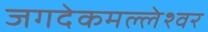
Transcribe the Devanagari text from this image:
जगदेकमल्लेश्वर